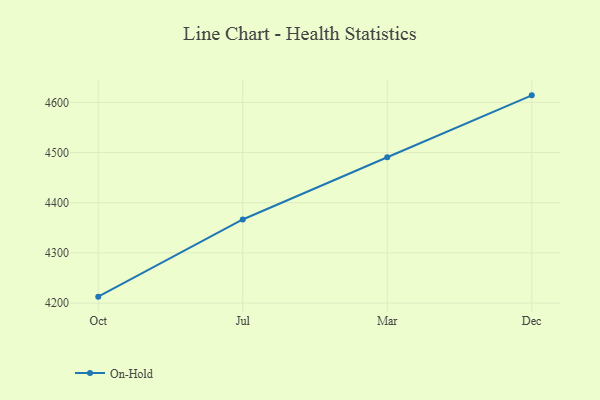
{"axis": {"x": "Month", "y": "Market Share (%)"}, "legend": ["On-Hold"], "data": [{"x": "Oct", "y": 4212.8, "type": "On-Hold"}, {"x": "Jul", "y": 4366.6, "type": "On-Hold"}, {"x": "Mar", "y": 4490.7, "type": "On-Hold"}, {"x": "Dec", "y": 4614.0, "type": "On-Hold"}]}